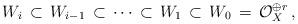
LaTeX: \begin{align*}W_i\, \subset\, W_{i-1} \, \subset\, \cdots \, \subset\,W_{1} \, \subset\, W_0\,=\, {\mathcal O}^{\oplus r}_X\, ,\end{align*}